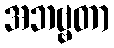
အဘဗ္ဗတာ